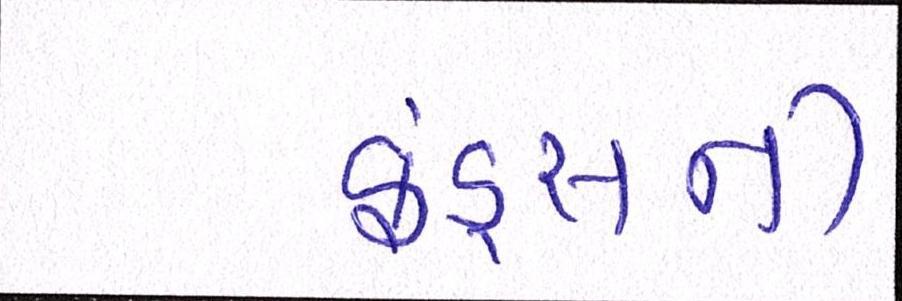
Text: ફંડ્સની